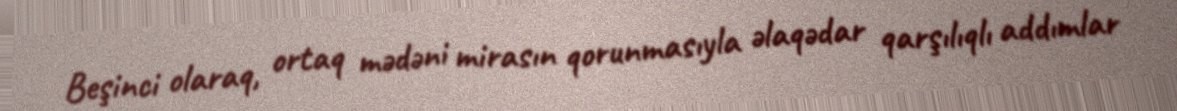
Beşinci olaraq, ortaq mədəni mirasın qorunmasıyla əlaqədar qarşılıqlı addımlar